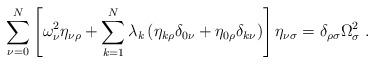
LaTeX: \begin{align*}\sum_{\nu=0}^N\left[\omega_\nu^2\eta_{\nu\rho}+\sum_{k=1}^N\lambda_k\left(\eta_{k\rho}\delta_{0\nu}+\eta_{0\rho}\delta_{k\nu}\right)\right]\eta_{\nu\sigma}=\delta_{\rho\sigma}\Omega_\sigma^2\;.\end{align*}